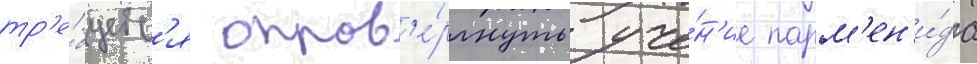
тр'е́буетс'я опров'е́ргнуть уче́н'ие парм'ен'и́да